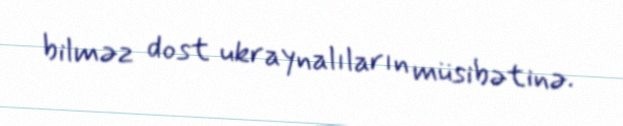
bilməz dost ukraynalıların müsibətinə.